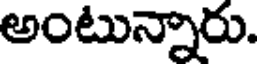
అంటున్నారు.